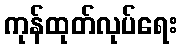
ကုန်ထုတ်လုပ်ရေး